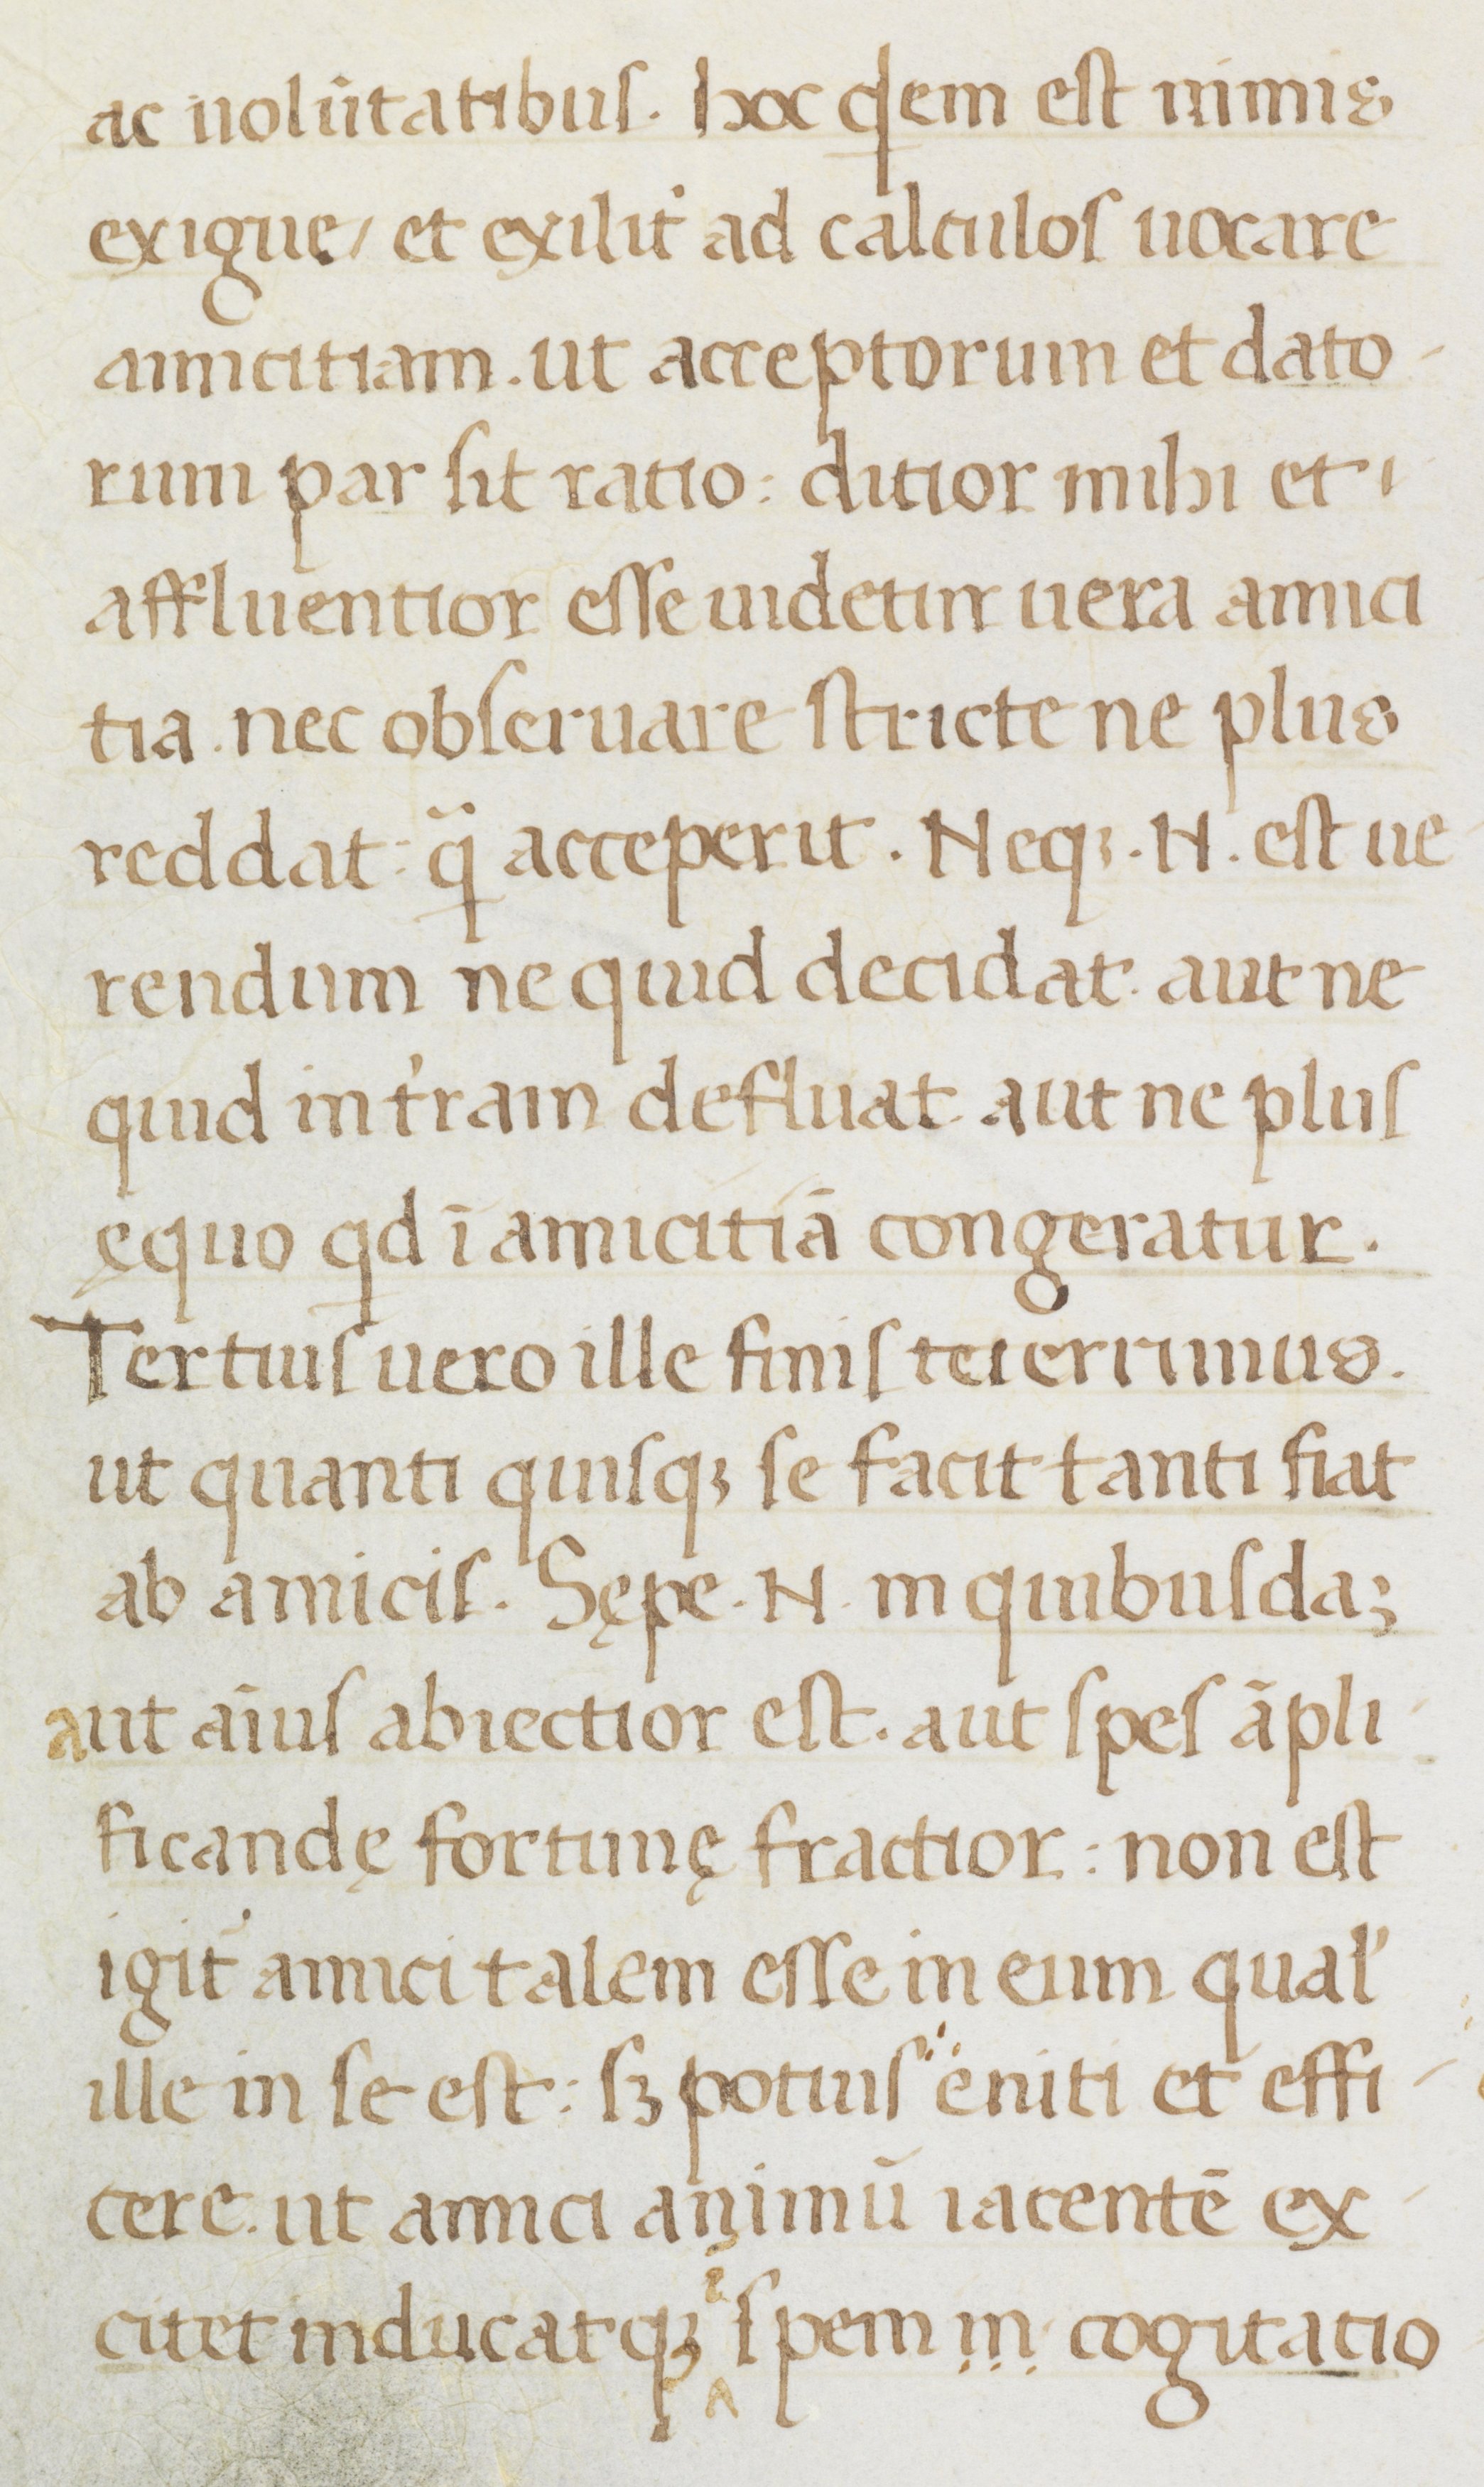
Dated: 1400–1499